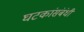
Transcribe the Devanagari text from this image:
घटकांसंबंधी